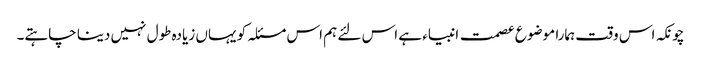
چونکہ اس وقت ہمارا موضوع عصمت انبیاء ہے اس لئے ہم اس مسئلہ کو یہاں زیادہ طول نہیں دینا چاہتے۔